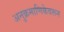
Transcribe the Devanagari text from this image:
अनुक्रमाणिकेवरून